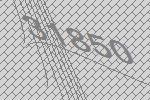
31850